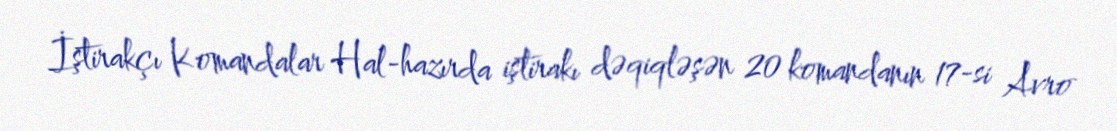
İştirakçı Komandalar Hal-hazırda iştirakı dəqiqləşən 20 komandanın 17-si Avro